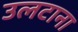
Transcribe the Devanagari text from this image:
उलटाना